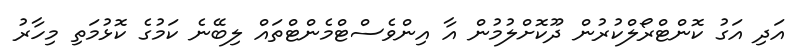
އަދި އަގު ކޮންޓްރޯލްކުރުން ދޫކޮށްލުމުން އާ އިންވެސްޓްމެންޓްތައް ލިބޭނެ ކަމުގެ ކޮޅުމަތި މިހާރު